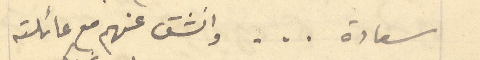
سعادة ... وانشق عنهم مع عائلته